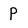
Character: P